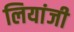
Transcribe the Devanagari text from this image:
लियांजी